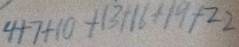
4 + 7 + 1 0 + 1 3 + 1 6 + 1 9 + 2 2